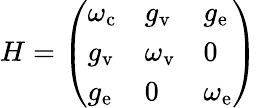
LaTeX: H=\left(\begin{array}{lll}{\omega_{\mathrm{c}}}&{g_{\mathrm{v}}}&{g_{\mathrm{e}}}\\ {g_{\mathrm{v}}}&{\omega_{\mathrm{v}}}&{0}\\ {g_{\mathrm{e}}}&{0}&{\omega_{\mathrm{e}}}\end{array}\right)